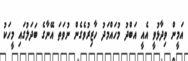
އަމީން ވިދާޅުވީ އެއީ އަބްދު މުހައްމަދު ހާޒިރުވެގެން ނުވަތަ އޭނާގެ ބަދަލުގައި މީހަކު